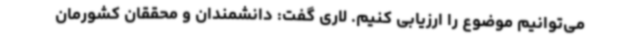
می‌توانیم موضوع را ارزیابی کنیم. لاری گفت: دانشمندان و محققان کشورمان